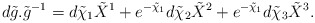
\begin{align*}d\tilde{g}.{\tilde{g}}^{-1} = d\tilde{\chi}_1 \tilde{X}^1 + e^{-\tilde{\chi}_1}d\tilde{\chi}_2\tilde{X}^2 + e^{-\tilde{\chi}_1}d\tilde{\chi}_3\tilde{X}^3.\end{align*}